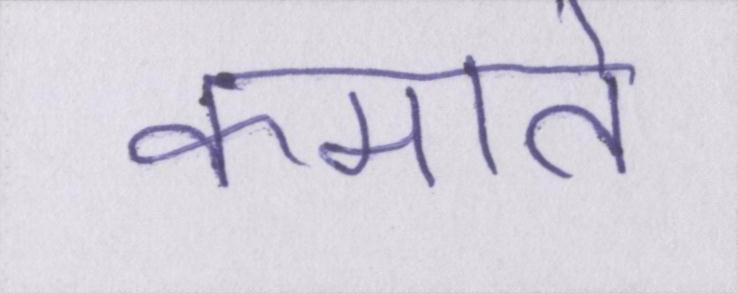
कमाते